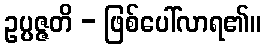
ဥပ္ပဇ္ဇတိ - ဖြစ်ပေါ်လာရ၏။